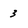
Character: 3